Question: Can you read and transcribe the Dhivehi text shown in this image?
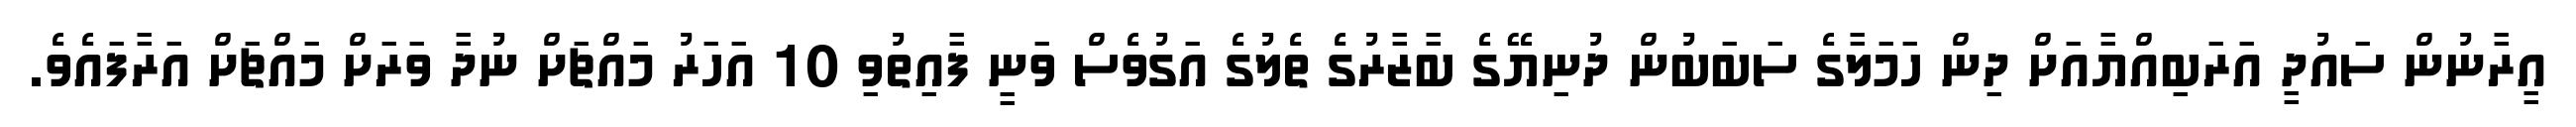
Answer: އީރާނުން ސައުދީ އަރަބިއްޔާއަށް ދިން ހަމަލާގެ ސަބަބުން ދުނިޔޭގެ ބާޒާރުގެ ތެލުގެ އަގުވެސް ވަނީ ފާއިތުވި 10 އަހަރު މައްޗަށް ނުދާ ވަރަށް މައްޗަށް އަރާފައެވެ.